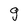
Character: g